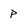
Character: p